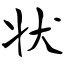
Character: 状